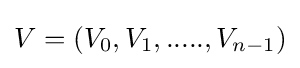
V=(V_{0},V_{1},.....,V_{n-1})